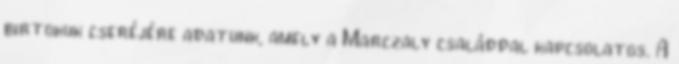
birtokuk cseréjére adatunk, amely a Marczaly családdal kapcsolatos. A